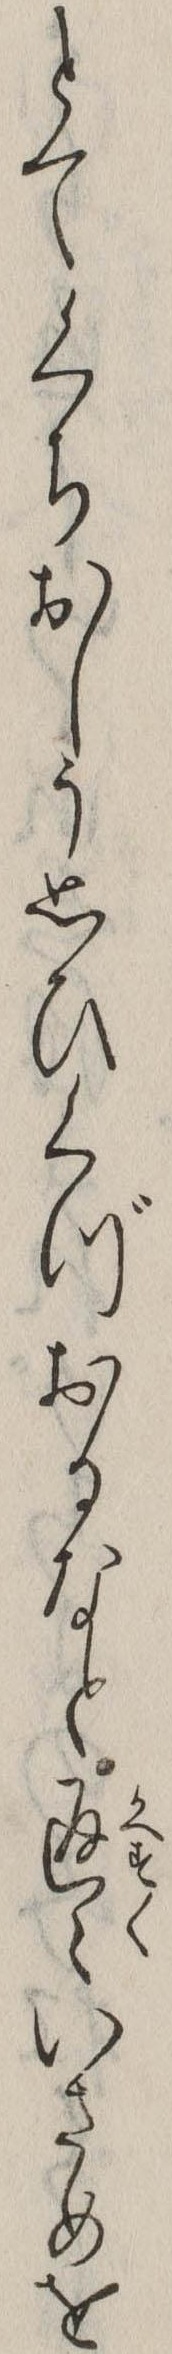
とてくちおしう思ひくづおるなと返々いさめを